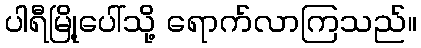
ပါရီမြို့ပေါ်သို့ ရောက်လာကြသည်။